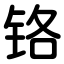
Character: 铬